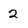
Character: 2